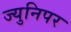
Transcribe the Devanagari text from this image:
ज्युनिपर